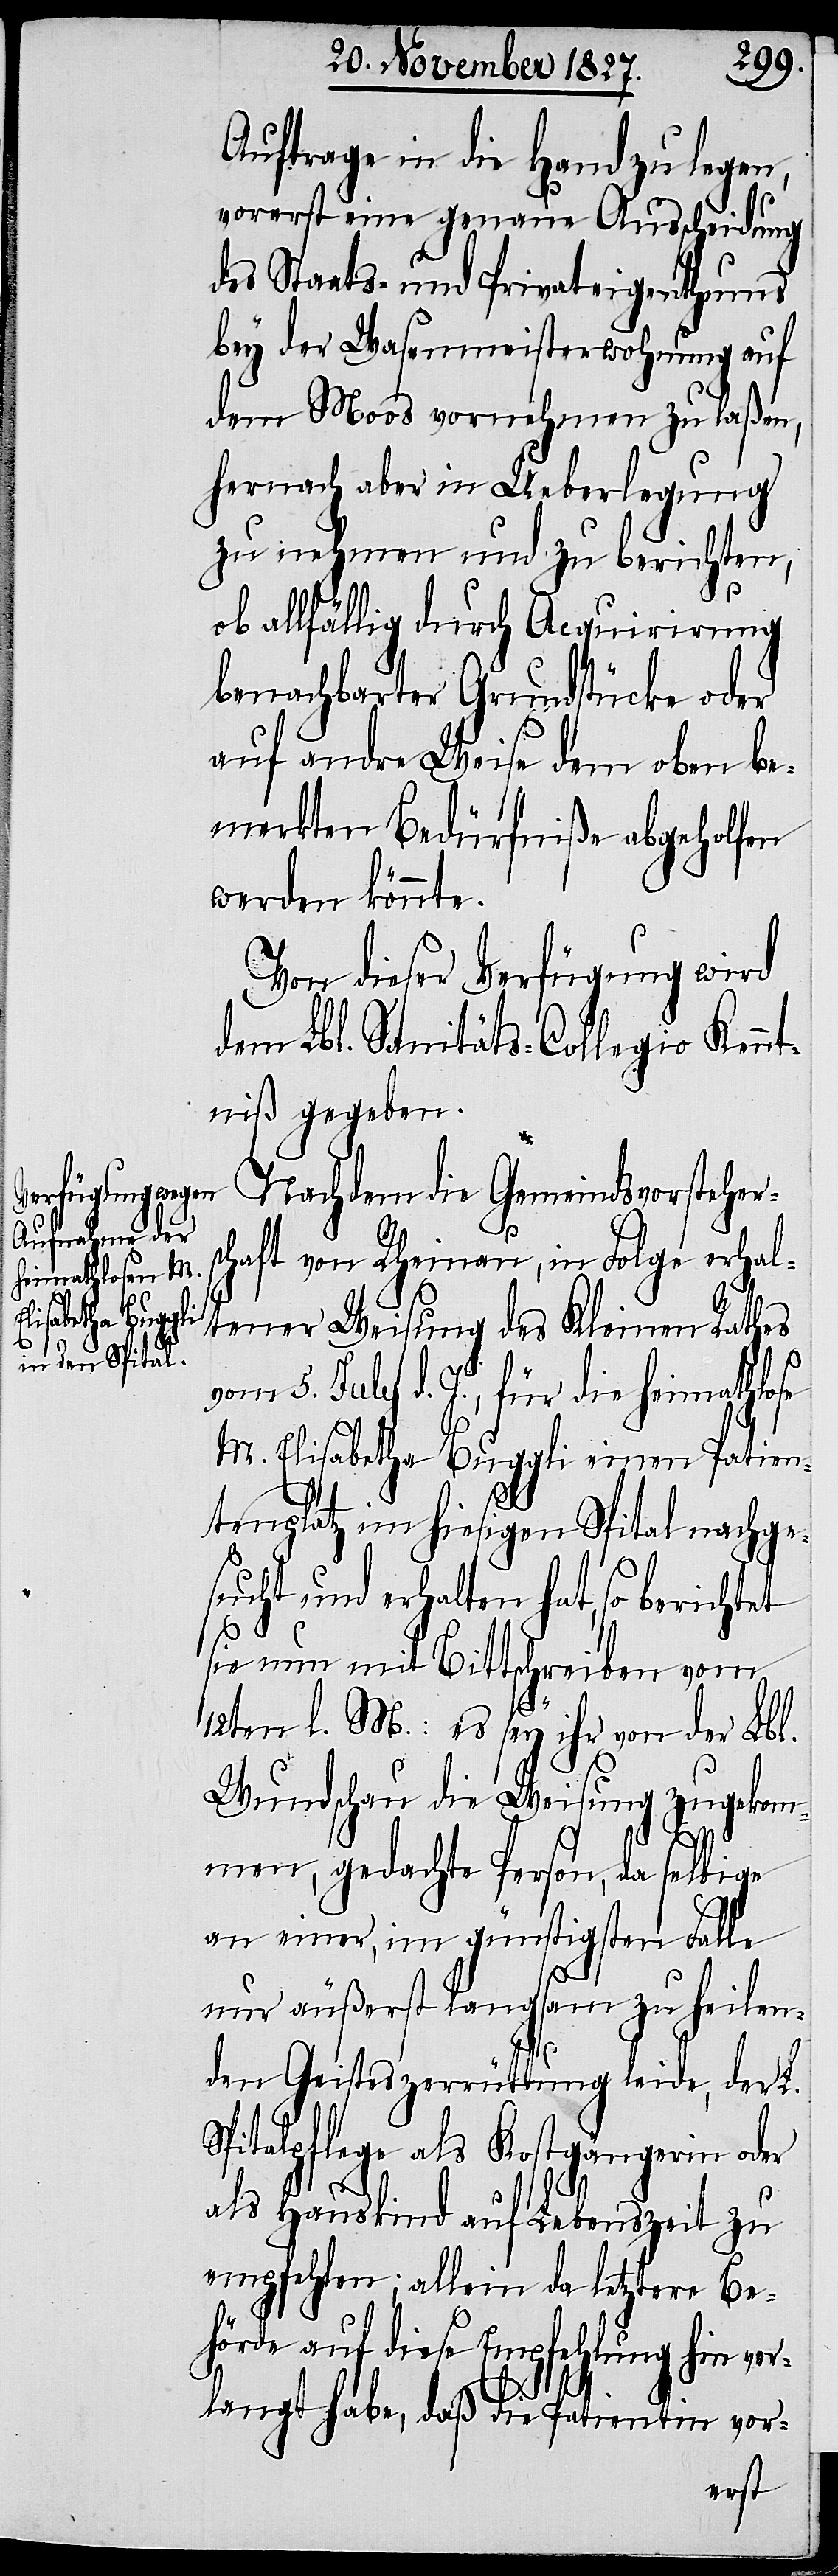
5.

Auftrage in die Hand zu legen,
vorerst eine genaue Ausscheidung
des Staats- und Privateigenthums
bey der Wasenmeisterwohnung auf
dem Moos vornehmen zu laßen,
hernach aber in Ueberlegung
zu nehmen und zu berichten,
se
ob allfällig durch Acquirirung
benachbarter Grundstücke oder
auf andre Weise dem oben be¬
merkten Bedürfniße abgeholfen
werden könnte.
Von dieser Verfügung wird
dem Lbl. Sanitäts-Collegio Kennt¬
niß gegeben.
Nachdem die Gemeindsvorstehers¬
chaft von Rheinau, in Folge erhal¬
tener Weisung des Kleinen Rathes
July d. J., für die heimathlo¬
M. Elisabetha Buggli einen Patien¬
tenplatz im hiesigen Spital nachge¬
sucht und erhalten hat, so berichtet
sie nun mit Bittschreiben vom
12ten l. M: es sey ihr von der Lbl.
Wundschau die Weisung zugekom¬
men, gedachte Person, da selbige
an einer, im günstigsten Falle
nur äußerst langsam zu heilen¬
den Geisteszerrüttung leide, der L.
Spitalpflege als Kostgängerin oder
als Hauskind auf Lebenszeit;
allein da letztere Be¬
hörde auf diese Empfehlung hin ver¬
langt habe, daß die Patientin vor-